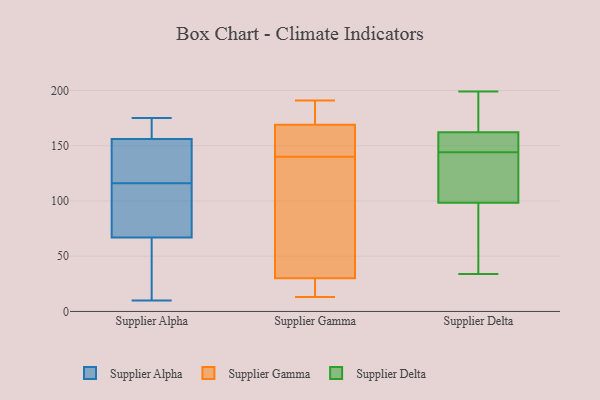
{"axis": {"x": "Page Views", "y": "Value"}, "legend": ["Supplier Alpha", "Supplier Delta", "Supplier Gamma"], "data": [{"x": "", "y": 46, "type": "Supplier Alpha"}, {"x": "", "y": 91, "type": "Supplier Alpha"}, {"x": "", "y": 10, "type": "Supplier Alpha"}, {"x": "", "y": 59, "type": "Supplier Alpha"}, {"x": "", "y": 150, "type": "Supplier Alpha"}, {"x": "", "y": 116, "type": "Supplier Alpha"}, {"x": "", "y": 160, "type": "Supplier Alpha"}, {"x": "", "y": 120, "type": "Supplier Alpha"}, {"x": "", "y": 108, "type": "Supplier Alpha"}, {"x": "", "y": 175, "type": "Supplier Alpha"}, {"x": "", "y": 158, "type": "Supplier Alpha"}, {"x": "", "y": 127, "type": "Supplier Gamma"}, {"x": "", "y": 148, "type": "Supplier Gamma"}, {"x": "", "y": 169, "type": "Supplier Gamma"}, {"x": "", "y": 124, "type": "Supplier Gamma"}, {"x": "", "y": 133, "type": "Supplier Gamma"}, {"x": "", "y": 178, "type": "Supplier Gamma"}, {"x": "", "y": 189, "type": "Supplier Gamma"}, {"x": "", "y": 29, "type": "Supplier Gamma"}, {"x": "", "y": 156, "type": "Supplier Gamma"}, {"x": "", "y": 102, "type": "Supplier Gamma"}, {"x": "", "y": 156, "type": "Supplier Gamma"}, {"x": "", "y": 23, "type": "Supplier Gamma"}, {"x": "", "y": 177, "type": "Supplier Gamma"}, {"x": "", "y": 26, "type": "Supplier Gamma"}, {"x": "", "y": 147, "type": "Supplier Gamma"}, {"x": "", "y": 30, "type": "Supplier Gamma"}, {"x": "", "y": 191, "type": "Supplier Gamma"}, {"x": "", "y": 13, "type": "Supplier Gamma"}, {"x": "", "y": 147, "type": "Supplier Delta"}, {"x": "", "y": 143, "type": "Supplier Delta"}, {"x": "", "y": 34, "type": "Supplier Delta"}, {"x": "", "y": 40, "type": "Supplier Delta"}, {"x": "", "y": 112, "type": "Supplier Delta"}, {"x": "", "y": 149, "type": "Supplier Delta"}, {"x": "", "y": 165, "type": "Supplier Delta"}, {"x": "", "y": 154, "type": "Supplier Delta"}, {"x": "", "y": 97, "type": "Supplier Delta"}, {"x": "", "y": 199, "type": "Supplier Delta"}, {"x": "", "y": 187, "type": "Supplier Delta"}, {"x": "", "y": 144, "type": "Supplier Delta"}, {"x": "", "y": 85, "type": "Supplier Delta"}, {"x": "", "y": 103, "type": "Supplier Delta"}, {"x": "", "y": 185, "type": "Supplier Delta"}]}